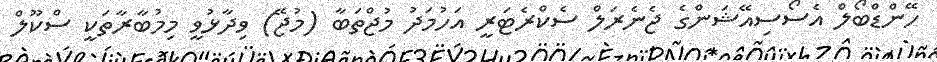
ހޭންޑްބޯލް އެސޯސިއޭޝަންގެ ޖެނެރަލް ސެކްރެޓަރީ އަހުމަދު މުޖްތަބާ (މުޖޭ) ވިދާޅުވީ މިމުބާރާތަކީ ސްކޫލް